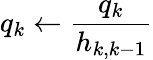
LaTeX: q_{k}\leftarrow{\frac{q_{k}}{h_{k,k-1}}}